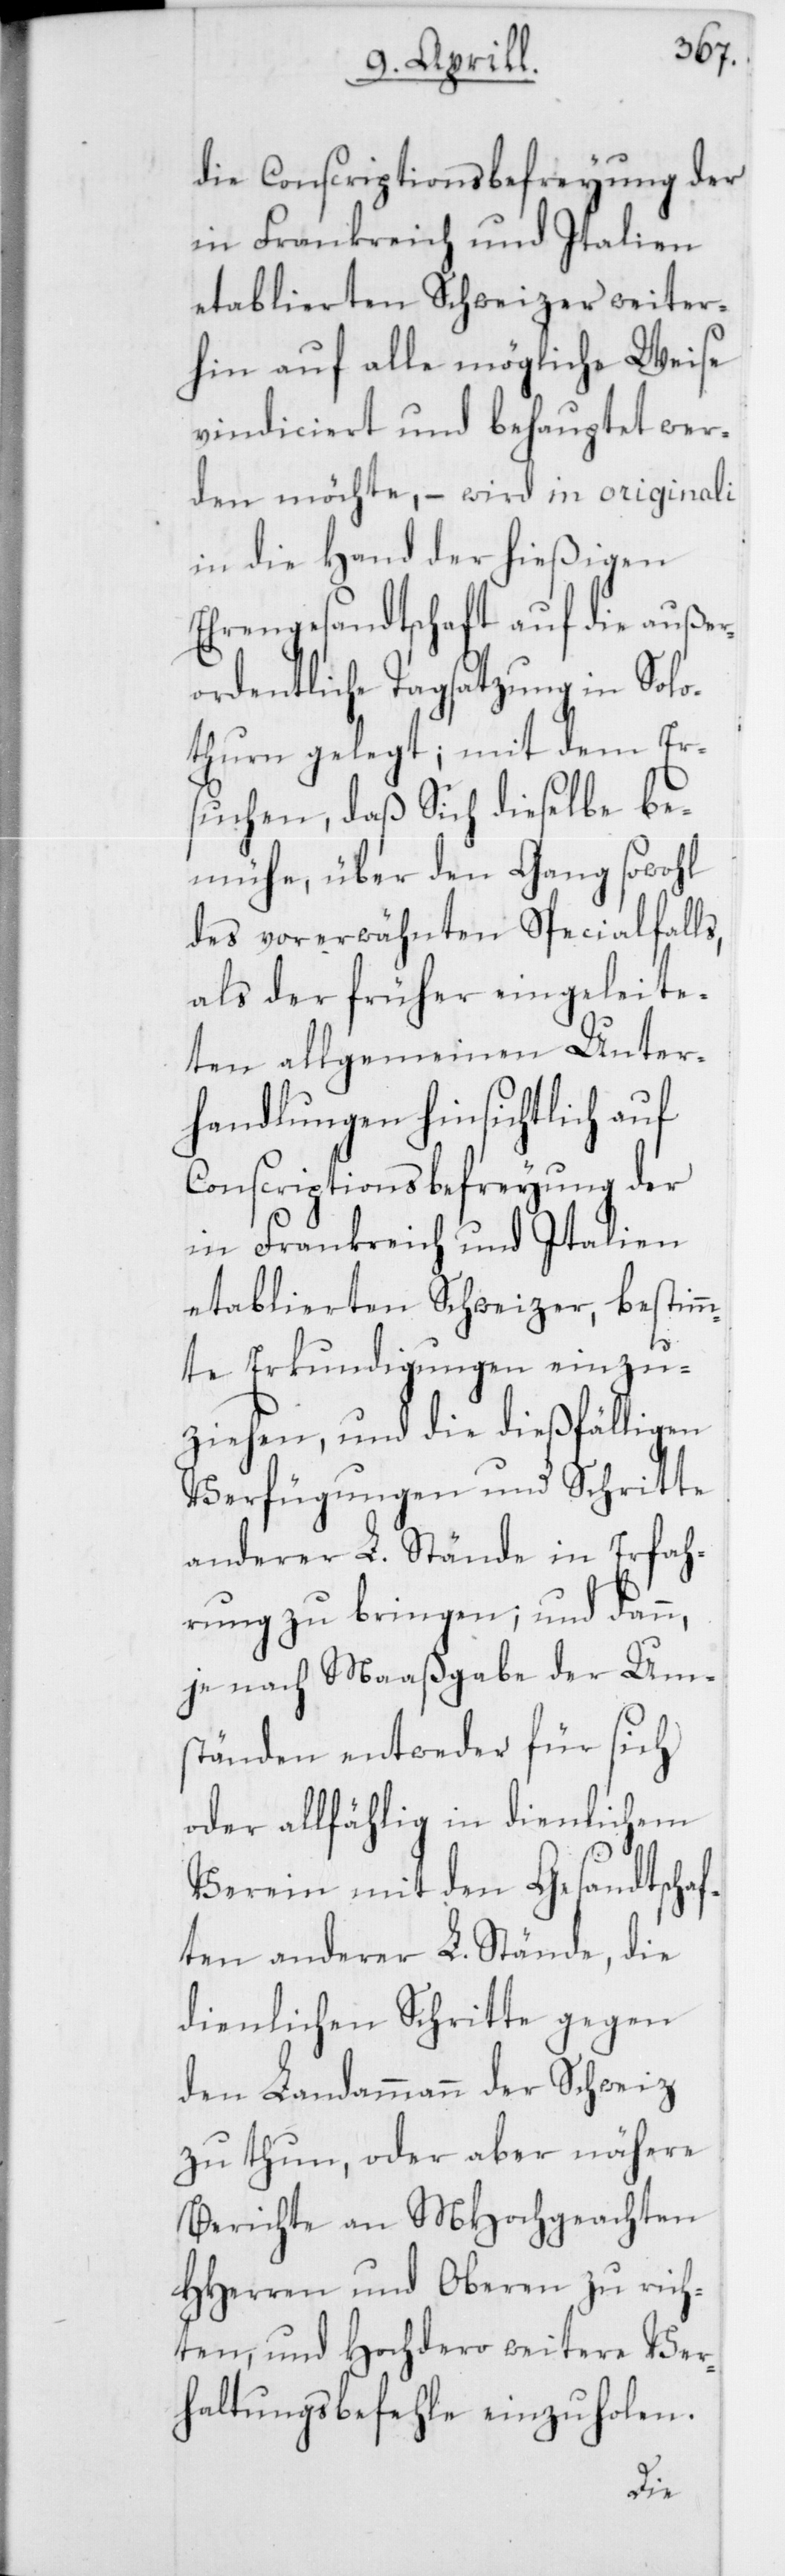
die Conscriptionsbefreyung der
in Frankreich und Italien
etablierten Schweizer weiter¬
hin auf alle mögliche Weise
vindiciert und behauptet wer¬
den möchte, – wird in originali
in die Hand der hießigen
Ehrengesandtschaft auf die außer¬
ordentliche Tagsatzung in Solo¬
thurn gelegt; mit dem Ers¬
uchen, daß Sich dieselbe be¬
mühe, über den Gang sowohl
des vorerwähnten Specialfalls,
als der früher eingeleite¬
ten allgemeinen Unter¬
handlungen hinsichtlich auf
Conscriptionsbefreyung der
in Frankreich und Italien
etablierten Schweizer, bestim¬
mte Erkundigungen einzu¬
ziehen, und die dießfälligen
Verfügungen und Schritte
anderer L. Stände in Erfah¬
rung zu bringen; und dann,
je nach Maaßgabe der Um¬
ständen entweder für sich
oder allfählig in dienlichem
Verein mit den Gesandtschaf¬
ten anderer L. Stände, die
dienlichen Schritte gegen
den Landammann der Schweiz
zu thun, oder aber nähere
Berichte an MHochgeachten
HHerren und Oberen zu rich¬
ten, und Hochdero weitere Ver¬
haltungsbefehle einzuholen.